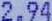
2.94